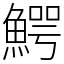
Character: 鰐